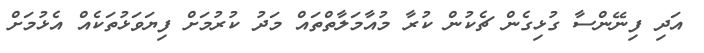
އަދި ފިނޭންސާ ގުޅިގެން ޗެކުން ކުރާ މުއާމަލާތްތައް މަދު ކުރުމަށް ފިޔަވަޅުތަކެއް އެޅުމަށް